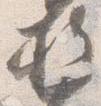
権